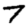
Digit: 7